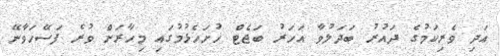
އަދި ވެރިކަމުގެ ދައުރު ބަދަލުވާ އަހަރު ބަޖެޓް ހުށަހެޅުމުގައި މިހާރަށް ވުރެ ފަސޭހަވާނޭ